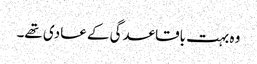
وہ بہت باقاعدگی کے عادی تھے۔